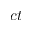
c t